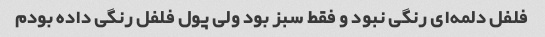
فلفل دلمه‌ای رنگی نبود و فقط سبز بود ولی پول فلفل رنگی داده بودم